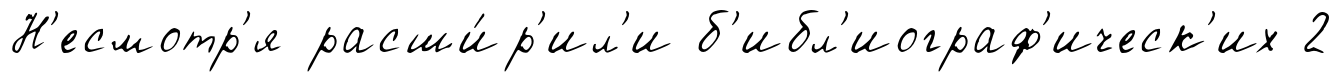
Н'есмотр'я расши́р'ил'и б'ибл'иограф'ическ'их 2